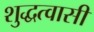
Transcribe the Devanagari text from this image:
शुद्धत्वासी